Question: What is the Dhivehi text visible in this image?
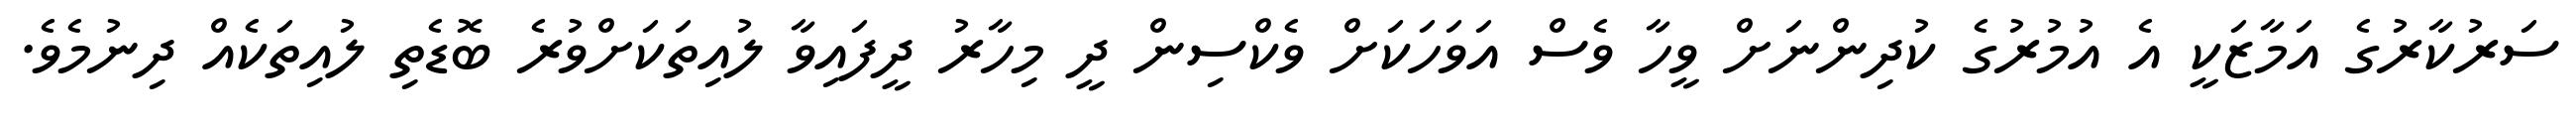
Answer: ސަރުކާރުގެ އަމާޒަކީ އެ އުމުރުގެ ކުދިންނަށް ވީހާ ވެސް އަވަހަކަށް ވެކްސިން ދީ މިހާރު ދީފައިވާ ލުއިތަކަށްވުރެ ބޮޑެތި ލުއިތަކެއް ދިނުމެވެ.